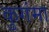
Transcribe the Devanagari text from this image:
कुगंमा